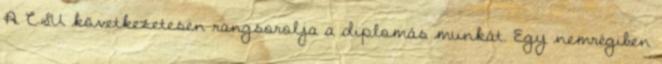
A CSU következetesen rangsorolja a diplomás munkát. Egy nemrégiben